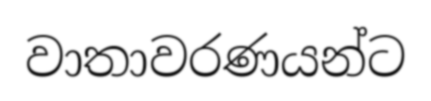
වාතාවරණයන්ට